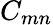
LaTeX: C_{mn}